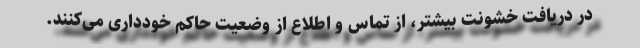
در دریافت خشونت بیشتر، از تماس و اطلاع از وضعیت حاکم خودداری می‌کنند.